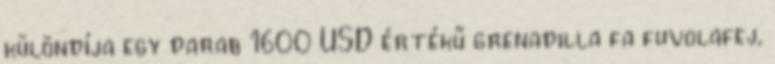
különdíja egy darab 1600 USD értékű grenadilla fa fuvolafej,